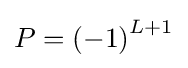
P=\left(-1\right)^{L+1}